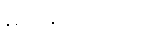
မလိုတော့ပေ။